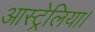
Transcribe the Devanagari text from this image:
आस्ट्रेलिया।